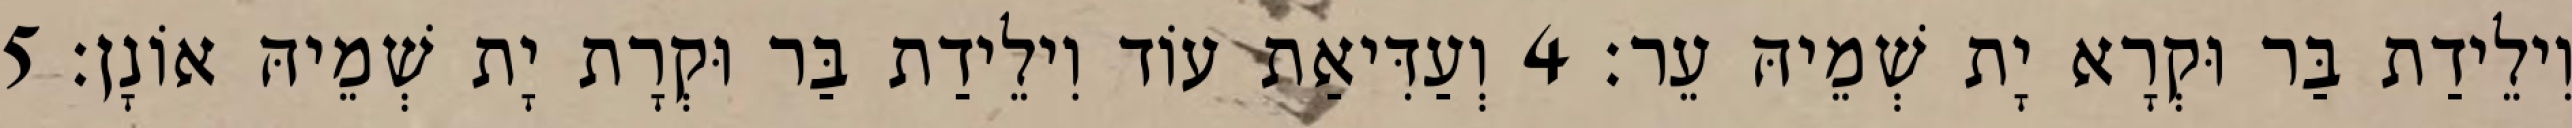
וִילֵידַת בַּר וּקְרָא יָת שְׁמֵיהּ עֵר׃ 4 וְעַדִּיאַת עוֹד וִילֵידַת בַּר וּקְרָת יָת שְׁמֵיהּ אוֹנָן׃ 5